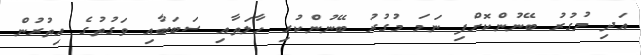
އަދި މުގުރު ބޭނުންކޮށްފި ނަމަ މުގުރު ބޭނުންކުރި ހާލަތާއި ސަބަބާއި ވަގުތުގެ އިތުރުން